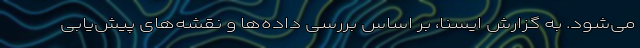
می‌شود. به گزارش ایسنا، بر اساس بررسی داده‌ها و نقشه‌های پیش‌یابی